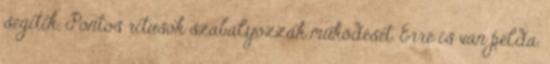
segítik. Pontos rítusok szabályozzák működését. Erre is van példa.